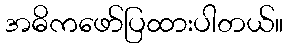
အဓိကဖော်ပြထားပါတယ်။